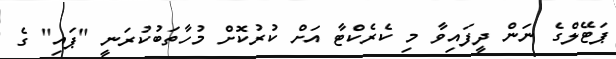
ޕަޓޭލްގެ ނަން ދީފައިވާ މި ކެރެކްޓާ އަށް ކުރުކޮށް މުހާތަބުކުރަނީ "ޕައި" ގެ